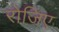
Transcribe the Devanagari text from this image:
रोजिए